Civil Veterinary Department. United Provinces 1923-31 - 1923-1931
Year: 1923
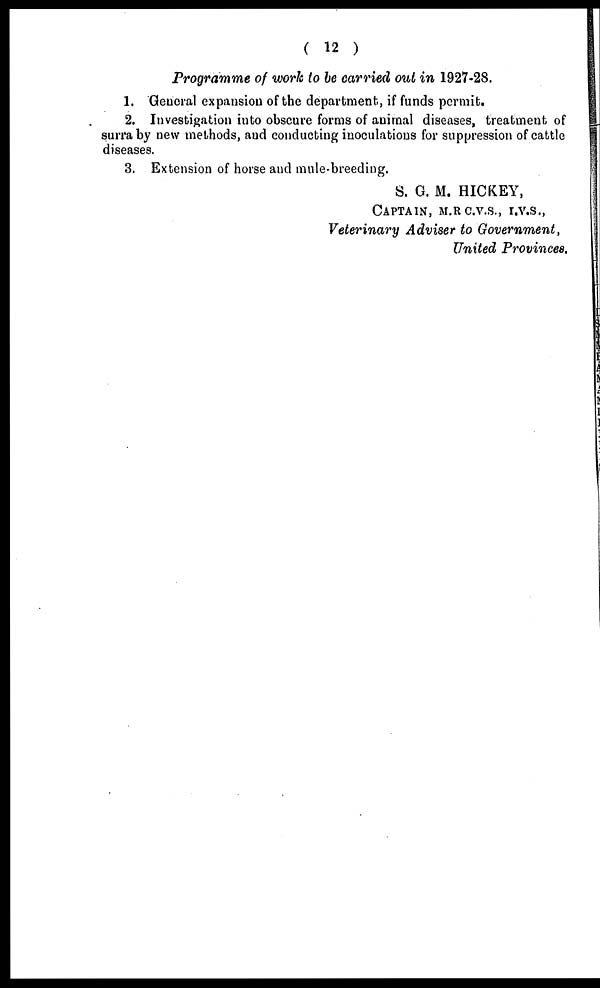
( 12 )
Programme of work to be carried out in 1927-28.
1. General expansion of the department, if funds permit.
2. Investigation into obscure forms of animal diseases, treatment of
surra by new methods, and conducting inoculations for suppression of cattle
diseases.
3. Extension of horse and mule-breeding.
S. G. M. HICKEY,
CAPTAIN, M.R.C.V.S., I.V.S.,
Veterinary Adviser to Government,
United Provinces.